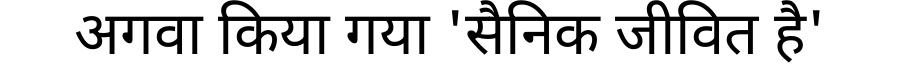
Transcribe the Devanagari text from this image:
अगवा किया गया 'सैनिक जीवित है'